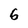
Character: 6